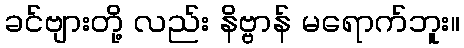
ခင်ဗျားတို့ လည်း နိဗ္ဗာန် မရောက်ဘူး။